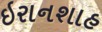
ઇરાનશાહ